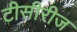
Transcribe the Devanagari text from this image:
टीसीरीज